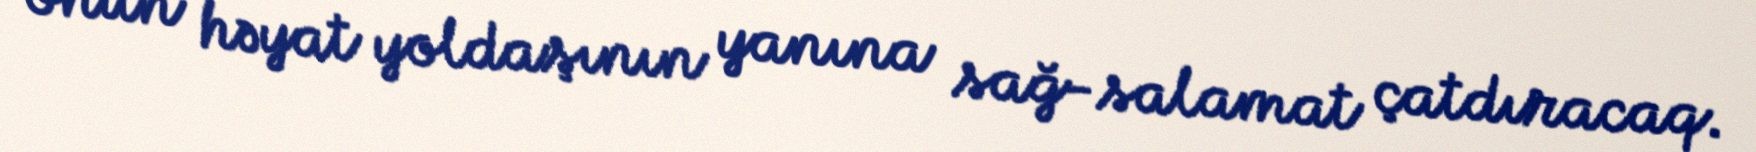
onun həyat yoldaşının yanına sağ-salamat çatdıracaq.